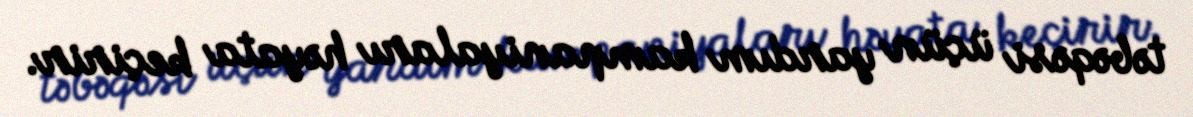
təbəqəsi üçün yardım kampaniyaları həyata keçirir.